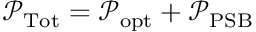
\mathcal { P } _ { \mathrm { T o t } } = \mathcal { P } _ { \mathrm { o p t } } + \mathcal { P } _ { \mathrm { P S B } }